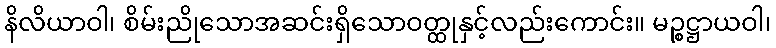
နိလိယာဝါ၊ စိမ်းညိုသောအဆင်းရှိသောဝတ္ထုနှင့်လည်းကောင်း။ မဉ္စဋ္ဌာယဝါ၊